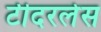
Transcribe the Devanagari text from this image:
टीदरलेस